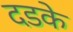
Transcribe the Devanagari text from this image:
दडके